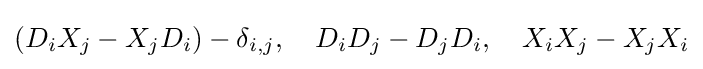
(D_{i}X_{j}-X_{j}D_{i})-\delta _{i,j},\ \ \ D_{i}D_{j}-D_{j}D_{i},\ \ \ X_{i}X_{j}-X_{j}X_{i}